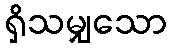
ရှိသမျှသော